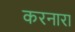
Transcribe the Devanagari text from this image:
करनारा